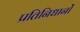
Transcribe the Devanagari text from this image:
प्रतिनिधानों